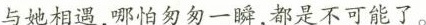
与她相遇，哪怕匆匆一瞬，都是不可能了。